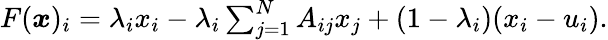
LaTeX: \begin{array}{r}{F({\boldsymbol x})_{i}=\lambda_{i}x_{i}-\lambda_{i}\sum_{j=1}^{N}A_{ij}x_{j}+(1-\lambda_{i})(x_{i}-u_{i}).}\end{array}